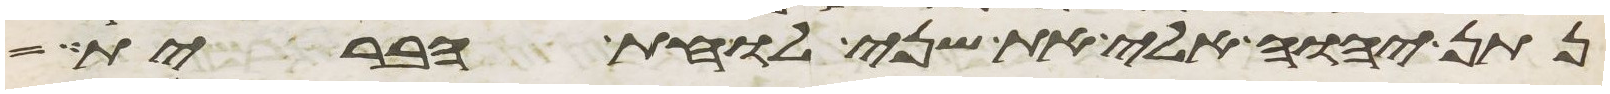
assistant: נתן יהוה אלי את שני לוחת הברית